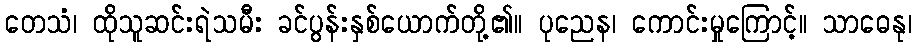
တေသံ၊ ထိုသူဆင်းရဲသမီး ခင်ပွန်းနှစ်ယောက်တို့၏။ ပုညေန၊ ကောင်းမှုကြောင့်။ သာဓေနု၊